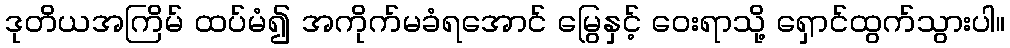
ဒုတိယအကြိမ် ထပ်မံ၍ အကိုက်မခံရအောင် မြွေနှင့် ဝေးရာသို့ ရှောင်ထွက်သွားပါ။